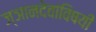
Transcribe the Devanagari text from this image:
ज्ञानदेवांविषयी